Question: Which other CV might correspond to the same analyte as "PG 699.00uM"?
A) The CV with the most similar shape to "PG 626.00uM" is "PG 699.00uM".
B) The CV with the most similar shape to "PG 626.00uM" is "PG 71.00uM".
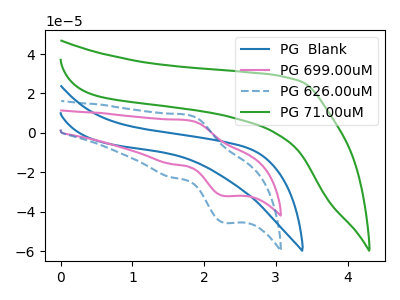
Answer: <think>The blue curve "PG  Blank" has no peaks. The pink curve "PG 699.00uM" has an anodic peak at (1.75V, 6.40uA) and a cathodic peak at (2.30V, -32.10uA). The blue dashed curve "PG 626.00uM" has an anodic peak at (1.75V, 9.10uA) and a cathodic peak at (2.30V, -45.70uA). The green curve "PG 71.00uM" has no peaks.
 "PG  Blank" and "PG 699.00uM" have a different number of peaks. "PG  Blank" and "PG 626.00uM" have a different number of peaks. Neither "PG  Blank" or "PG 71.00uM" have any peaks. All the peaks in "PG 699.00uM" have a peak in "PG 626.00uM" at the same potential. Every peak in "PG 699.00uM" is lower than every peak in "PG 626.00uM". "PG 699.00uM" and "PG 71.00uM" have a different number of peaks. "PG 626.00uM" and "PG 71.00uM" have a different number of peaks.</think>
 <answer>A) The CV with the most similar shape to "PG 626.00uM" is "PG 699.00uM".</answer>
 <eval>A</eval>